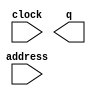
// megafunction wizard: %ROM: 1-PORT%VBB%
// GENERATION: STANDARD
// VERSION: WM1.0
// MODULE: altsyncram 

// ============================================================
// Megafunction Name(s):
// 			altsyncram
//
// Simulation Library Files(s):
// 			altera_mf
// ============================================================
// ************************************************************
// THIS IS A WIZARD-GENERATED FILE. DO NOT EDIT THIS FILE!
//
// 11.1 Build 259 01/25/2012 SP 2 SJ Web Edition
// ************************************************************

//Copyright (C) 1991-2011 Altera Corporation
//Your use of Altera Corporation's design tools, logic functions 
//and other software and tools, and its AMPP partner logic 
//functions, and any output files from any of the foregoing 
//(including device programming or simulation files), and any 
//associated documentation or information are expressly subject 
//to the terms and conditions of the Altera Program License 
//Subscription Agreement, Altera MegaCore Function License 
//Agreement, or other applicable license agreement, including, 
//without limitation, that your use is for the sole purpose of 
//programming logic devices manufactured by Altera and sold by 
//Altera or its authorized distributors.  Please refer to the 
//applicable agreement for further details.

module Eh (
	address,
	clock,
	q);

	input	[9:0]  address;
	input	  clock;
	output	[2:0]  q;
`ifndef ALTERA_RESERVED_QIS
// synopsys translate_off
`endif
	tri1	  clock;
`ifndef ALTERA_RESERVED_QIS
// synopsys translate_on
`endif

endmodule

// ============================================================
// CNX file retrieval info
// ============================================================
// Retrieval info: PRIVATE: ADDRESSSTALL_A NUMERIC "0"
// Retrieval info: PRIVATE: AclrAddr NUMERIC "0"
// Retrieval info: PRIVATE: AclrByte NUMERIC "0"
// Retrieval info: PRIVATE: AclrOutput NUMERIC "0"
// Retrieval info: PRIVATE: BYTE_ENABLE NUMERIC "0"
// Retrieval info: PRIVATE: BYTE_SIZE NUMERIC "8"
// Retrieval info: PRIVATE: BlankMemory NUMERIC "0"
// Retrieval info: PRIVATE: CLOCK_ENABLE_INPUT_A NUMERIC "0"
// Retrieval info: PRIVATE: CLOCK_ENABLE_OUTPUT_A NUMERIC "0"
// Retrieval info: PRIVATE: Clken NUMERIC "0"
// Retrieval info: PRIVATE: IMPLEMENT_IN_LES NUMERIC "0"
// Retrieval info: PRIVATE: INIT_FILE_LAYOUT STRING "PORT_A"
// Retrieval info: PRIVATE: INIT_TO_SIM_X NUMERIC "0"
// Retrieval info: PRIVATE: INTENDED_DEVICE_FAMILY STRING "Cyclone II"
// Retrieval info: PRIVATE: JTAG_ENABLED NUMERIC "0"
// Retrieval info: PRIVATE: JTAG_ID STRING "NONE"
// Retrieval info: PRIVATE: MAXIMUM_DEPTH NUMERIC "0"
// Retrieval info: PRIVATE: MIFfilename STRING "../handConverted/handConverted/Eh/Eh.mif"
// Retrieval info: PRIVATE: NUMWORDS_A NUMERIC "672"
// Retrieval info: PRIVATE: RAM_BLOCK_TYPE NUMERIC "0"
// Retrieval info: PRIVATE: RegAddr NUMERIC "1"
// Retrieval info: PRIVATE: RegOutput NUMERIC "0"
// Retrieval info: PRIVATE: SYNTH_WRAPPER_GEN_POSTFIX STRING "0"
// Retrieval info: PRIVATE: SingleClock NUMERIC "1"
// Retrieval info: PRIVATE: UseDQRAM NUMERIC "0"
// Retrieval info: PRIVATE: WidthAddr NUMERIC "10"
// Retrieval info: PRIVATE: WidthData NUMERIC "3"
// Retrieval info: PRIVATE: rden NUMERIC "0"
// Retrieval info: LIBRARY: altera_mf altera_mf.altera_mf_components.all
// Retrieval info: CONSTANT: CLOCK_ENABLE_INPUT_A STRING "BYPASS"
// Retrieval info: CONSTANT: CLOCK_ENABLE_OUTPUT_A STRING "BYPASS"
// Retrieval info: CONSTANT: INIT_FILE STRING "../handConverted/handConverted/Eh/Eh.mif"
// Retrieval info: CONSTANT: INTENDED_DEVICE_FAMILY STRING "Cyclone II"
// Retrieval info: CONSTANT: LPM_HINT STRING "ENABLE_RUNTIME_MOD=NO"
// Retrieval info: CONSTANT: LPM_TYPE STRING "altsyncram"
// Retrieval info: CONSTANT: NUMWORDS_A NUMERIC "672"
// Retrieval info: CONSTANT: OPERATION_MODE STRING "ROM"
// Retrieval info: CONSTANT: OUTDATA_ACLR_A STRING "NONE"
// Retrieval info: CONSTANT: OUTDATA_REG_A STRING "UNREGISTERED"
// Retrieval info: CONSTANT: WIDTHAD_A NUMERIC "10"
// Retrieval info: CONSTANT: WIDTH_A NUMERIC "3"
// Retrieval info: CONSTANT: WIDTH_BYTEENA_A NUMERIC "1"
// Retrieval info: USED_PORT: address 0 0 10 0 INPUT NODEFVAL "address[9..0]"
// Retrieval info: USED_PORT: clock 0 0 0 0 INPUT VCC "clock"
// Retrieval info: USED_PORT: q 0 0 3 0 OUTPUT NODEFVAL "q[2..0]"
// Retrieval info: CONNECT: @address_a 0 0 10 0 address 0 0 10 0
// Retrieval info: CONNECT: @clock0 0 0 0 0 clock 0 0 0 0
// Retrieval info: CONNECT: q 0 0 3 0 @q_a 0 0 3 0
// Retrieval info: GEN_FILE: TYPE_NORMAL Eh.v TRUE
// Retrieval info: GEN_FILE: TYPE_NORMAL Eh.inc FALSE
// Retrieval info: GEN_FILE: TYPE_NORMAL Eh.cmp FALSE
// Retrieval info: GEN_FILE: TYPE_NORMAL Eh.bsf FALSE
// Retrieval info: GEN_FILE: TYPE_NORMAL Eh_inst.v TRUE
// Retrieval info: GEN_FILE: TYPE_NORMAL Eh_bb.v TRUE
// Retrieval info: LIB_FILE: altera_mf